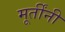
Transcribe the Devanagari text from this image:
मूर्तींनी